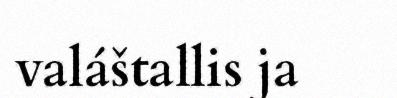
valáštallis ja